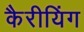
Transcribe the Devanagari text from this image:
कैरीयिंग